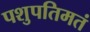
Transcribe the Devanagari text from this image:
पशुपतिमतं